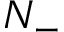
N _ { - }